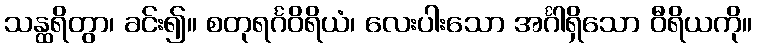
သန္ထရိတွာ၊ ခင်း၍။ စတုရင်္ဂဝိရိယံ၊ လေးပါးသော အင်္ဂါရှိသော ဝီရိယကို။